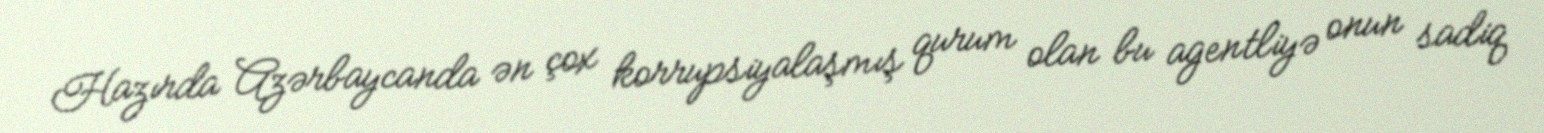
Hazırda Azərbaycanda ən çox korrupsiyalaşmış qurum olan bu agentliyə onun sadiq